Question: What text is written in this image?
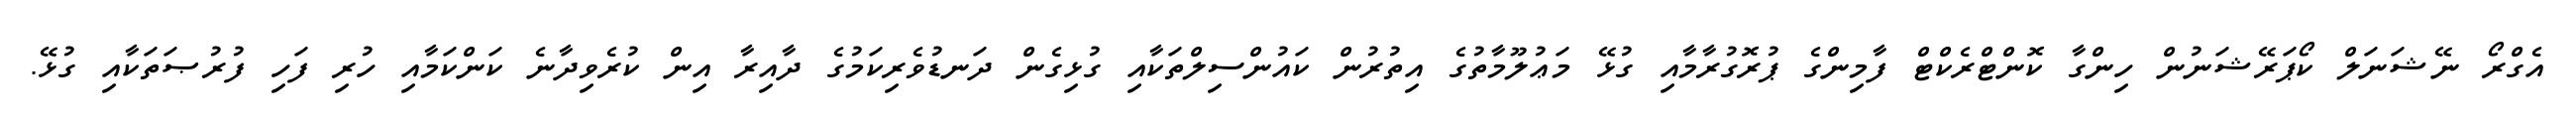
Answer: އެގްރޯ ނޭޝަނަލް ކޯޕަރޭޝަނުން ހިންގާ ކޮންޓްރެކްޓް ފާމިންގެ ޕުރޮގުރާމާއި ގުޅޭ މަޢުލޫމާތުގެ އިތުރުން ކައުންސިލްތަކާއި ގުޅިގެން ދަނޑުވެރިކަމުގެ ދާއިރާ އިން ކުރެވިދާނެ ކަންކަމާއި ހުރި ފަހި ފުރުޞަތަކާއި ގުޅޭ.